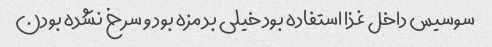
سوسیس داخل غذا استفاده بود خیلی بد مزه بود و سرخ نشده بودن